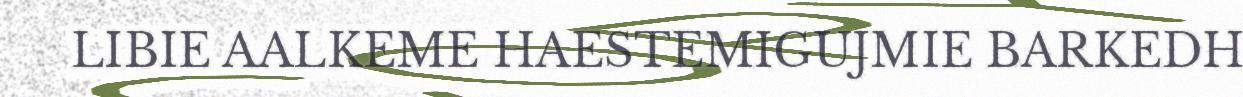
LIBIE AALKEME HAESTEMIGUJMIE BARKEDH